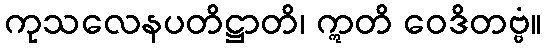
ကုသလေနပတိဋ္ဌာတိ၊ ဣတိ ဝေဒိတဗ္ဗံ။